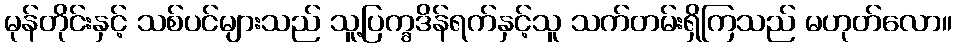
မုန်တိုင်းနှင့် သစ်ပင်များသည် သူ့ပြက္ခဒိန်ရက်နှင့်သူ သက်တမ်းရှိကြသည် မဟုတ်လော။